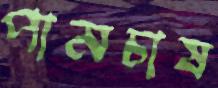
পামচাষ